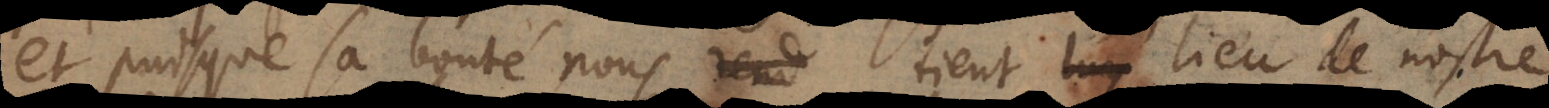
et puisque sa bonté nous tient lieu de nostre